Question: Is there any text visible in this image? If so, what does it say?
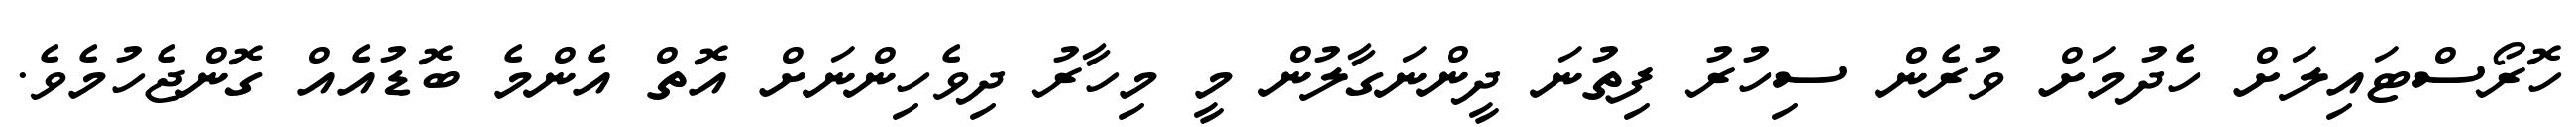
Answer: ހޮރޯސްޓައިލަށް ހެދުމަށް ވުރެން ސިހުރު ފިތުނަ ދީންނަގާލުން މީ މިހާރު ދިވެހިންނަށް އޮތް އެންމެ ބޮޑުއެއް ގޮންޖެހުމެވެ.